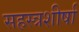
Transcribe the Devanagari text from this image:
सहस्त्रशीर्षा